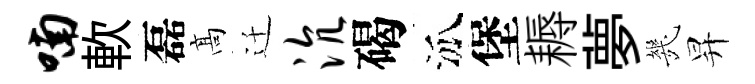
喃軟磊髙迁沆碣泒堡耨夢㡬昇